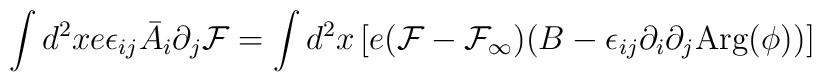
\int d^2x e\epsilon_{i j}\bar A_i\partial_j {\cal F}=\int d^2x \left[e({\cal F}-{\cal F_\infty})(B-\epsilon_{i j} \partial_i\partial_j{\rm Arg}(\phi))\right]